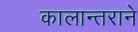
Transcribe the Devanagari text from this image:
कालान्तराने